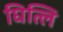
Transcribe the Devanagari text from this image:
घित्लि